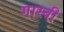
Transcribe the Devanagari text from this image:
गास्वी